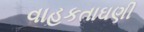
વાહકતાઘણી